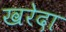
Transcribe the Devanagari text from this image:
खरेदा